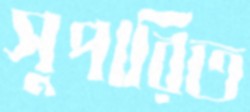
সুপারিত